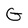
Character: G